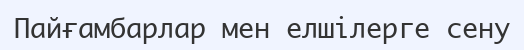
Пайғамбарлар мен елшілерге сену